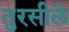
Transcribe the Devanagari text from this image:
तुरसीले